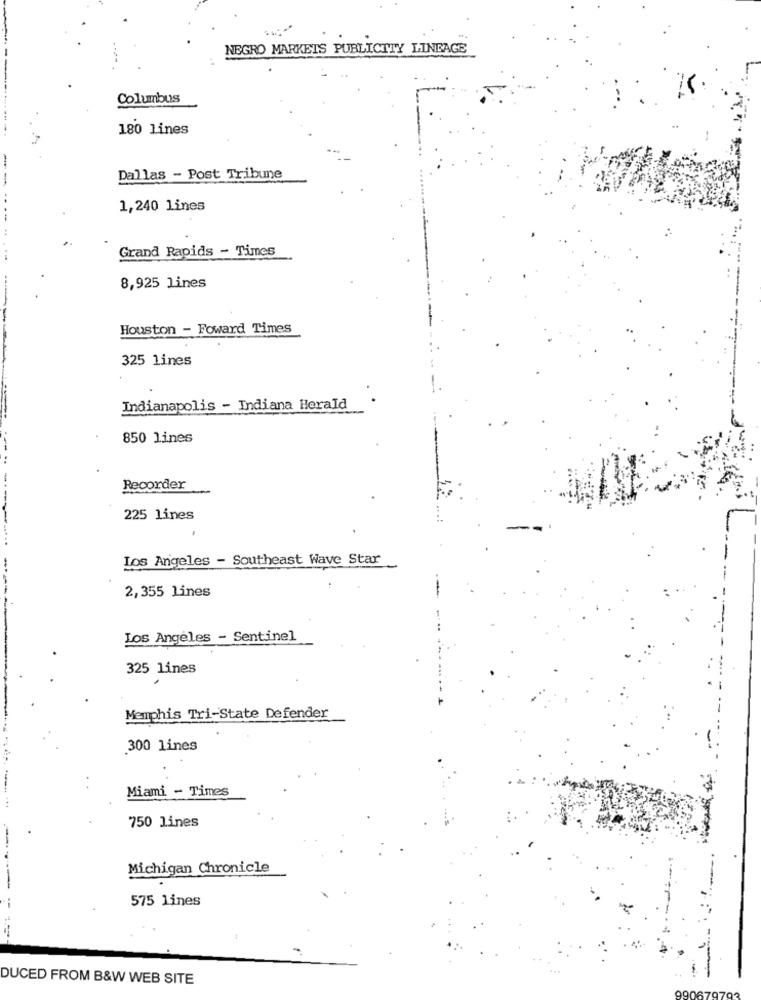
NEGRO MARKETS PUBLICTTY LINEAGE
Columbus
180 Lines
--
Dallas - Post Tribune
1,240 lines
---
Grand Rapids - Times
8,925 lines
Houston - Foward Times
325 lines
Indianapolis - Indiana Herald
850 lines
Recorder
225 lines
Los Angeles - Southeast Wave Star
2,355 lines
Los Angeles - Sentinel
325 lines
Memphis Tri-State Defender
300 lines
Miami - Times
750 lines
Michigan Chronicle
--
575 lines
DUCED FROM B&W WEB SITE
9906